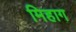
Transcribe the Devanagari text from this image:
मिहाग